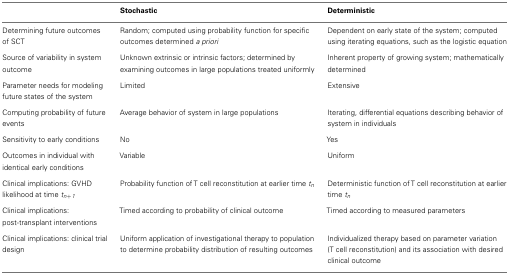
<table><thead><tr><td></td><td><b>Stochastic</b></td><td><b>Deterministic</b></td></tr></thead><tbody><tr><td>Determining future outcomes of SCT</td><td>Random; computed using probability function for specific outcomes determined <i>a priori</i></td><td>Dependent on early state of the system; computed using iterating equations, such as the logistic equation</td></tr><tr><td>Source of variability in system outcome</td><td>Unknown extrinsic or intrinsic factors; determined by examining outcomes in large populations treated uniformly</td><td>Inherent property of growing system; mathematically determined</td></tr><tr><td>Parameter needs for modeling future states of the system</td><td>Limited</td><td>Extensive</td></tr><tr><td>Computing probability of future events</td><td>Average behavior of system in large populations</td><td>Iterating, differential equations describing behavior of system in individuals</td></tr><tr><td>Sensitivity to early conditions</td><td>No</td><td>Yes</td></tr><tr><td>Outcomes in individual with identical early conditions</td><td>Variable</td><td>Uniform</td></tr><tr><td>Clinical implications: GVHD likelihood at time <i>t<sub>n</sub></i><sub>+</sub><i><sub>1</sub></i></td><td>Probability function of T cell reconstitution at earlier time <i>t<sub>n</sub></i></td><td>Deterministic function of T cell reconstitution at earlier time <i>t<sub>n</sub></i></td></tr><tr><td>Clinical implications: post-transplant interventions</td><td>Timed according to probability of clinical outcome</td><td>Timed according to measured parameters</td></tr><tr><td>Clinical implications: clinical trial design</td><td>Uniform application of investigational therapy to population to determine probability distribution of resulting outcomes</td><td>Individualized therapy based on parameter variation (T cell reconstitution) and its association with desired clinical outcome</td></tr></tbody></table>